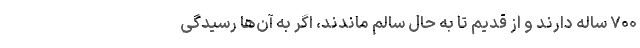
۷۰۰ ساله دارند و از قدیم تا به حال سالم ماندند، اگر به آن‌ها رسیدگی